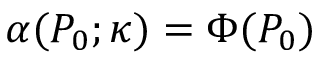
\alpha ( P _ { 0 } ; \kappa ) = \Phi ( P _ { 0 } )